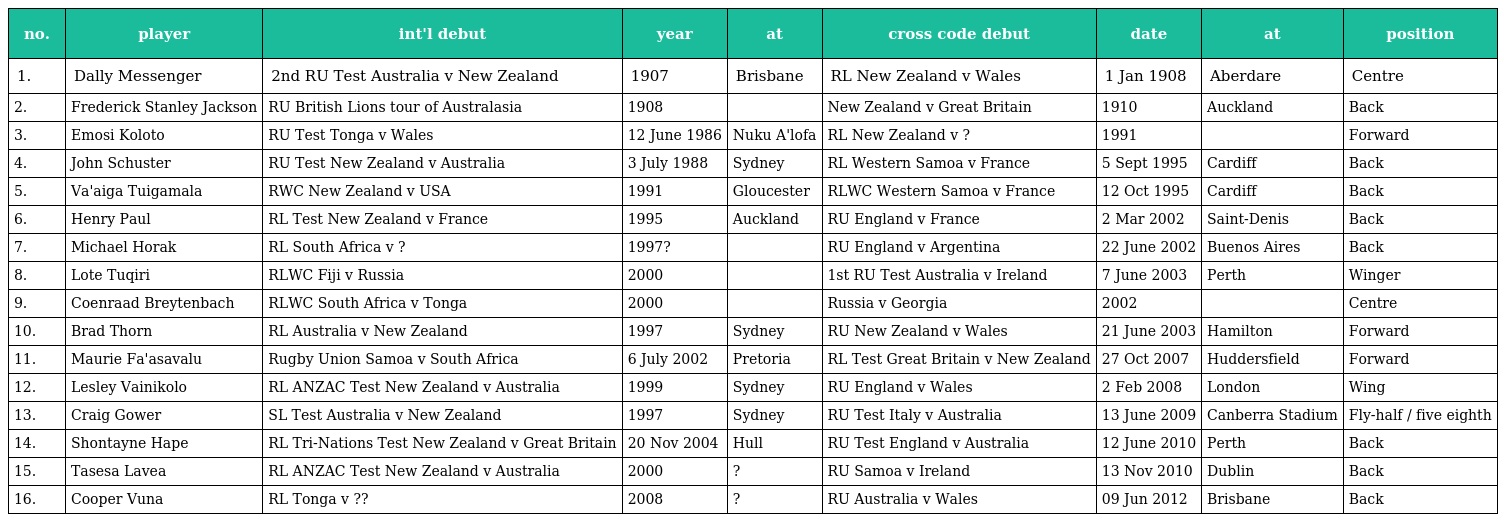
| no. | player | int'l debut | year | at | cross code debut | date | at | position |
 | --- | --- | --- | --- | --- | --- | --- | --- | --- |
 | 1. | Dally Messenger | 2nd RU Test Australia v New Zealand | 1907 | Brisbane | RL New Zealand v Wales | 1 Jan 1908 | Aberdare | Centre |
 | 2. | Frederick Stanley Jackson | RU British Lions tour of Australasia | 1908 |  | New Zealand v Great Britain | 1910 | Auckland | Back |
 | 3. | Emosi Koloto | RU Test Tonga v Wales | 12 June 1986 | Nuku A'lofa | RL New Zealand v ? | 1991 |  | Forward |
 | 4. | John Schuster | RU Test New Zealand v Australia | 3 July 1988 | Sydney | RL Western Samoa v France | 5 Sept 1995 | Cardiff | Back |
 | 5. | Va'aiga Tuigamala | RWC New Zealand v USA | 1991 | Gloucester | RLWC Western Samoa v France | 12 Oct 1995 | Cardiff | Back |
 | 6. | Henry Paul | RL Test New Zealand v France | 1995 | Auckland | RU England v France | 2 Mar 2002 | Saint-Denis | Back |
 | 7. | Michael Horak | RL South Africa v ? | 1997? |  | RU England v Argentina | 22 June 2002 | Buenos Aires | Back |
 | 8. | Lote Tuqiri | RLWC Fiji v Russia | 2000 |  | 1st RU Test Australia v Ireland | 7 June 2003 | Perth | Winger |
 | 9. | Coenraad Breytenbach | RLWC South Africa v Tonga | 2000 |  | Russia v Georgia | 2002 |  | Centre |
 | 10. | Brad Thorn | RL Australia v New Zealand | 1997 | Sydney | RU New Zealand v Wales | 21 June 2003 | Hamilton | Forward |
 | 11. | Maurie Fa'asavalu | Rugby Union Samoa v South Africa | 6 July 2002 | Pretoria | RL Test Great Britain v New Zealand | 27 Oct 2007 | Huddersfield | Forward |
 | 12. | Lesley Vainikolo | RL ANZAC Test New Zealand v Australia | 1999 | Sydney | RU England v Wales | 2 Feb 2008 | London | Wing |
 | 13. | Craig Gower | SL Test Australia v New Zealand | 1997 | Sydney | RU Test Italy v Australia | 13 June 2009 | Canberra Stadium | Fly-half / five eighth |
 | 14. | Shontayne Hape | RL Tri-Nations Test New Zealand v Great Britain | 20 Nov 2004 | Hull | RU Test England v Australia | 12 June 2010 | Perth | Back |
 | 15. | Tasesa Lavea | RL ANZAC Test New Zealand v Australia | 2000 | ? | RU Samoa v Ireland | 13 Nov 2010 | Dublin | Back |
 | 16. | Cooper Vuna | RL Tonga v ?? | 2008 | ? | RU Australia v Wales | 09 Jun 2012 | Brisbane | Back |